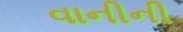
વાનીની